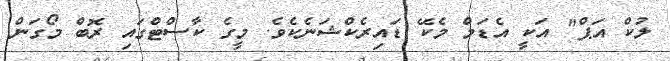
ލުކް އަޕް" އަކީ އެޑަމް މެކޭ ޑައިރެކްޝަނެކެވެ. މީގެ ކާސްޓްގައި ރޮބް މޯގަން